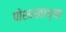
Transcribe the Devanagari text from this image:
पोशाखाच्या